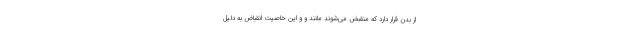
از بدن قرار دارد که منقبض می‌شوند مانند و و این خاصیت انقباض به دلیل